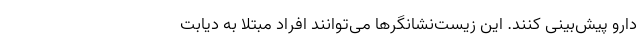
دارو پیش‌بینی کنند. این زیست‌نشانگرها می‌توانند افراد مبتلا به دیابت